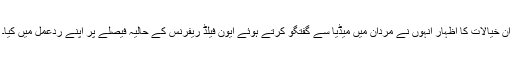
ان خیالات کا اظہار انہوں نے مردان میں میڈیا سے گفتگو کرتے ہوئے ایون فیلڈ ریفرنس کے حالیہ فیصلے پر اپنے ردعمل میں کیا۔